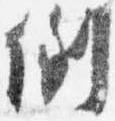
例